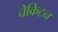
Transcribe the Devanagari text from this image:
चेकिटन